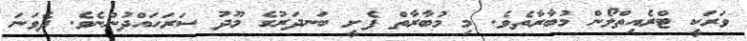
ވަރަކީ ޓްރެއިތްލޯން މުބާރާތެވެ. މި މުބާރާތް ފެށީ ބަނދަރުގެ މޫދު ސަރަހައްދުންނެވެ. ދެވަނަ